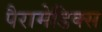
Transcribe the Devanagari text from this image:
पैरामेडिक्स